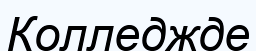
Колледжде